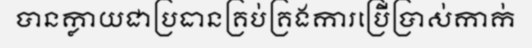
បានក្លាយជាប្រធានគ្រប់គ្រងការប្រើប្រាស់កាក់